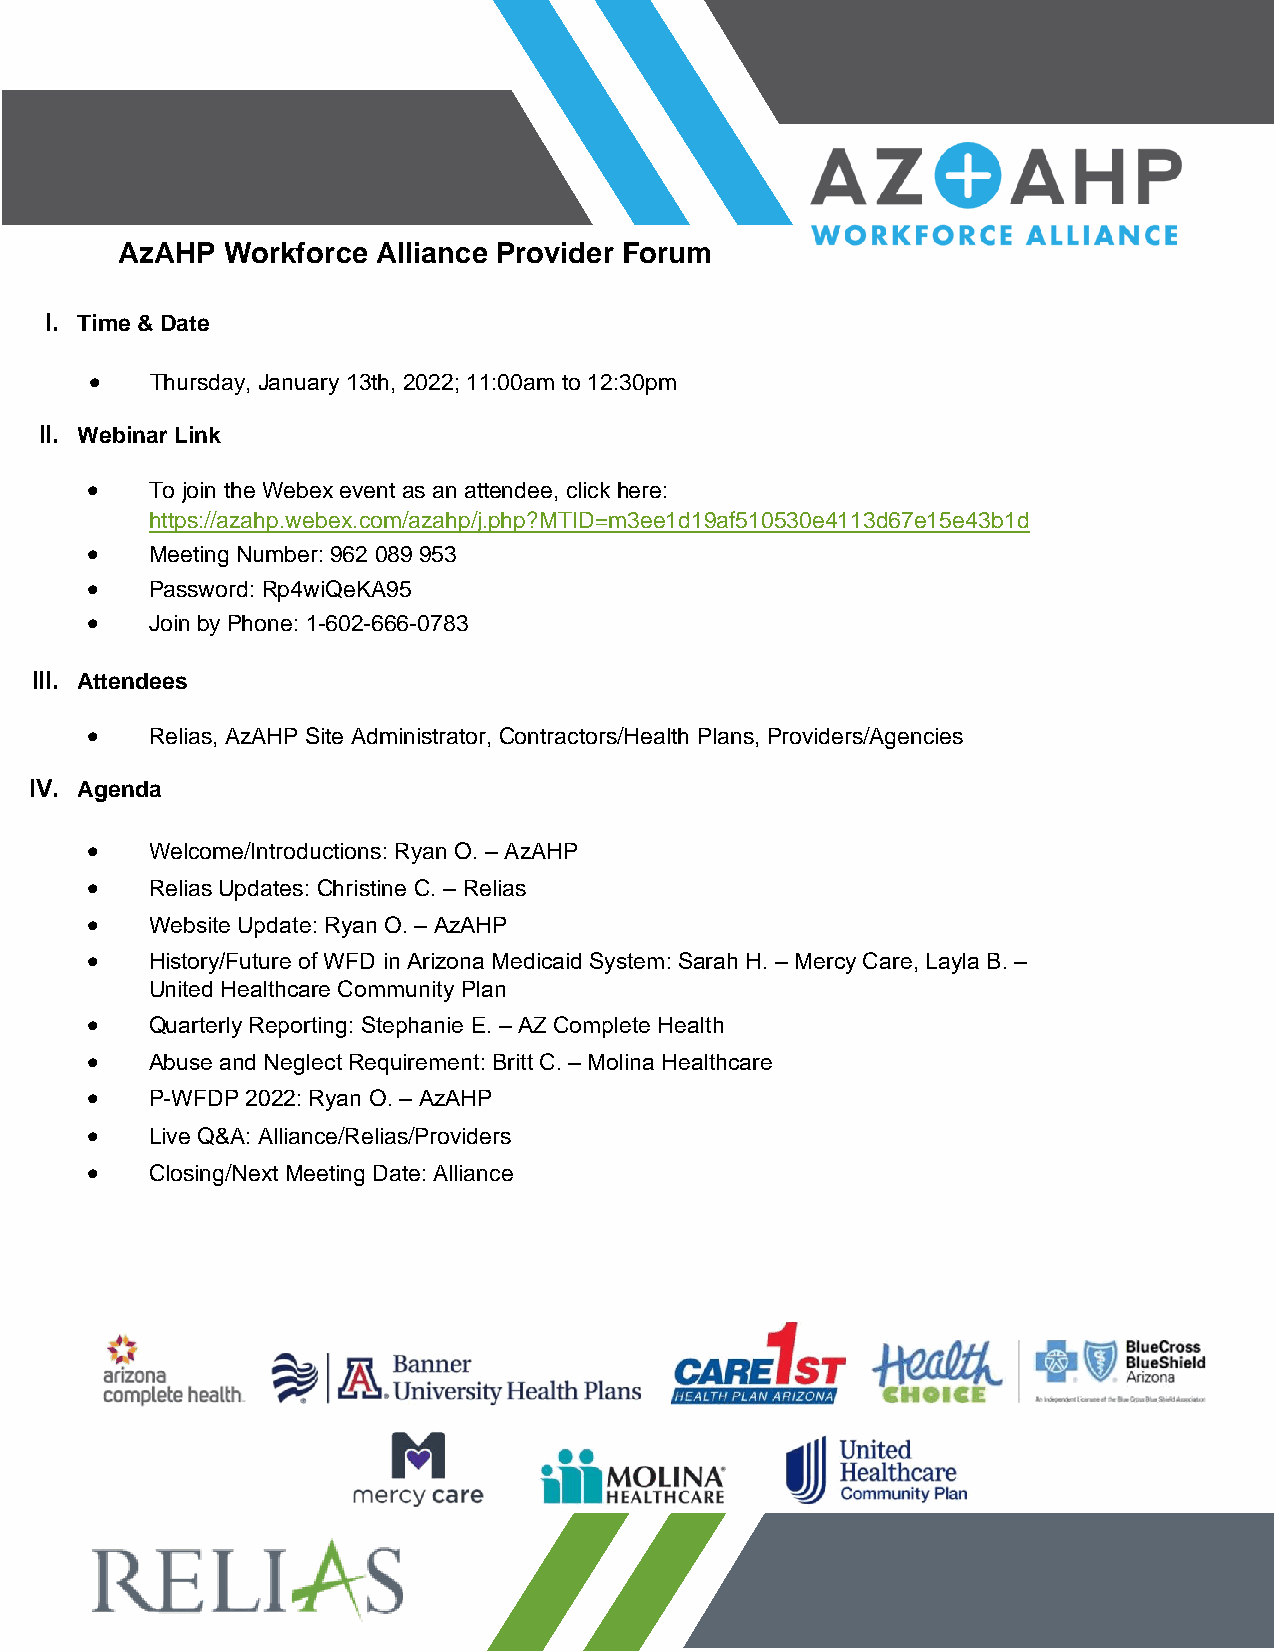
AzAHP  Workforce Alliance Provider Forum
 I. Time & Date
 •   Thursday, January 13th, 2022; 11:00am to 12:30pm
 II. Webinar Link
 •   To join the Webex event as an attendee, click here:
 https://azahp.webex.com/azahp/j.php?MTID=m3ee1d19af510530e4113d67e15e43b1d
 •   Meeting Number: 962 089 953
 •   Password: Rp4wiQeKA95
 •   Join by Phone: 1-602-666-0783
 III. Attendees
 •   Relias, AzAHP Site Administrator, Contractors/Health Plans, Providers/Agencies
 IV. Agenda
 •   Welcome/Introductions: Ryan O. – AzAHP
 •   Relias Updates: Christine C. – Relias
 •   Website Update: Ryan O. – AzAHP
 •   History/Future of WFD in Arizona Medicaid System: Sarah H. – Mercy Care, Layla B. –
 United Healthcare Community Plan
 •   Quarterly Reporting: Stephanie E. – AZ Complete Health
 •   Abuse and Neglect Requirement: Britt C. – Molina Healthcare
 •   P-WFDP 2022: Ryan O. – AzAHP
 •   Live Q&A: Alliance/Relias/Providers
 •   Closing/Next Meeting Date: Alliance